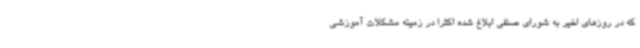
که در روزهای اخیر به شورای صنفی ابلاغ شده اکثرا در زمینه مشکلات آموزشی